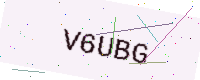
Text: V6UBG